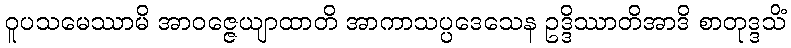
ဝူပသမေဿာမိ အာဝဇ္ဇေယျာထာတိ အာကာသပ္ပဒေသေန ဥဒ္ဒိဿာတိအာဒိ စာတုဒ္ဒသိံ